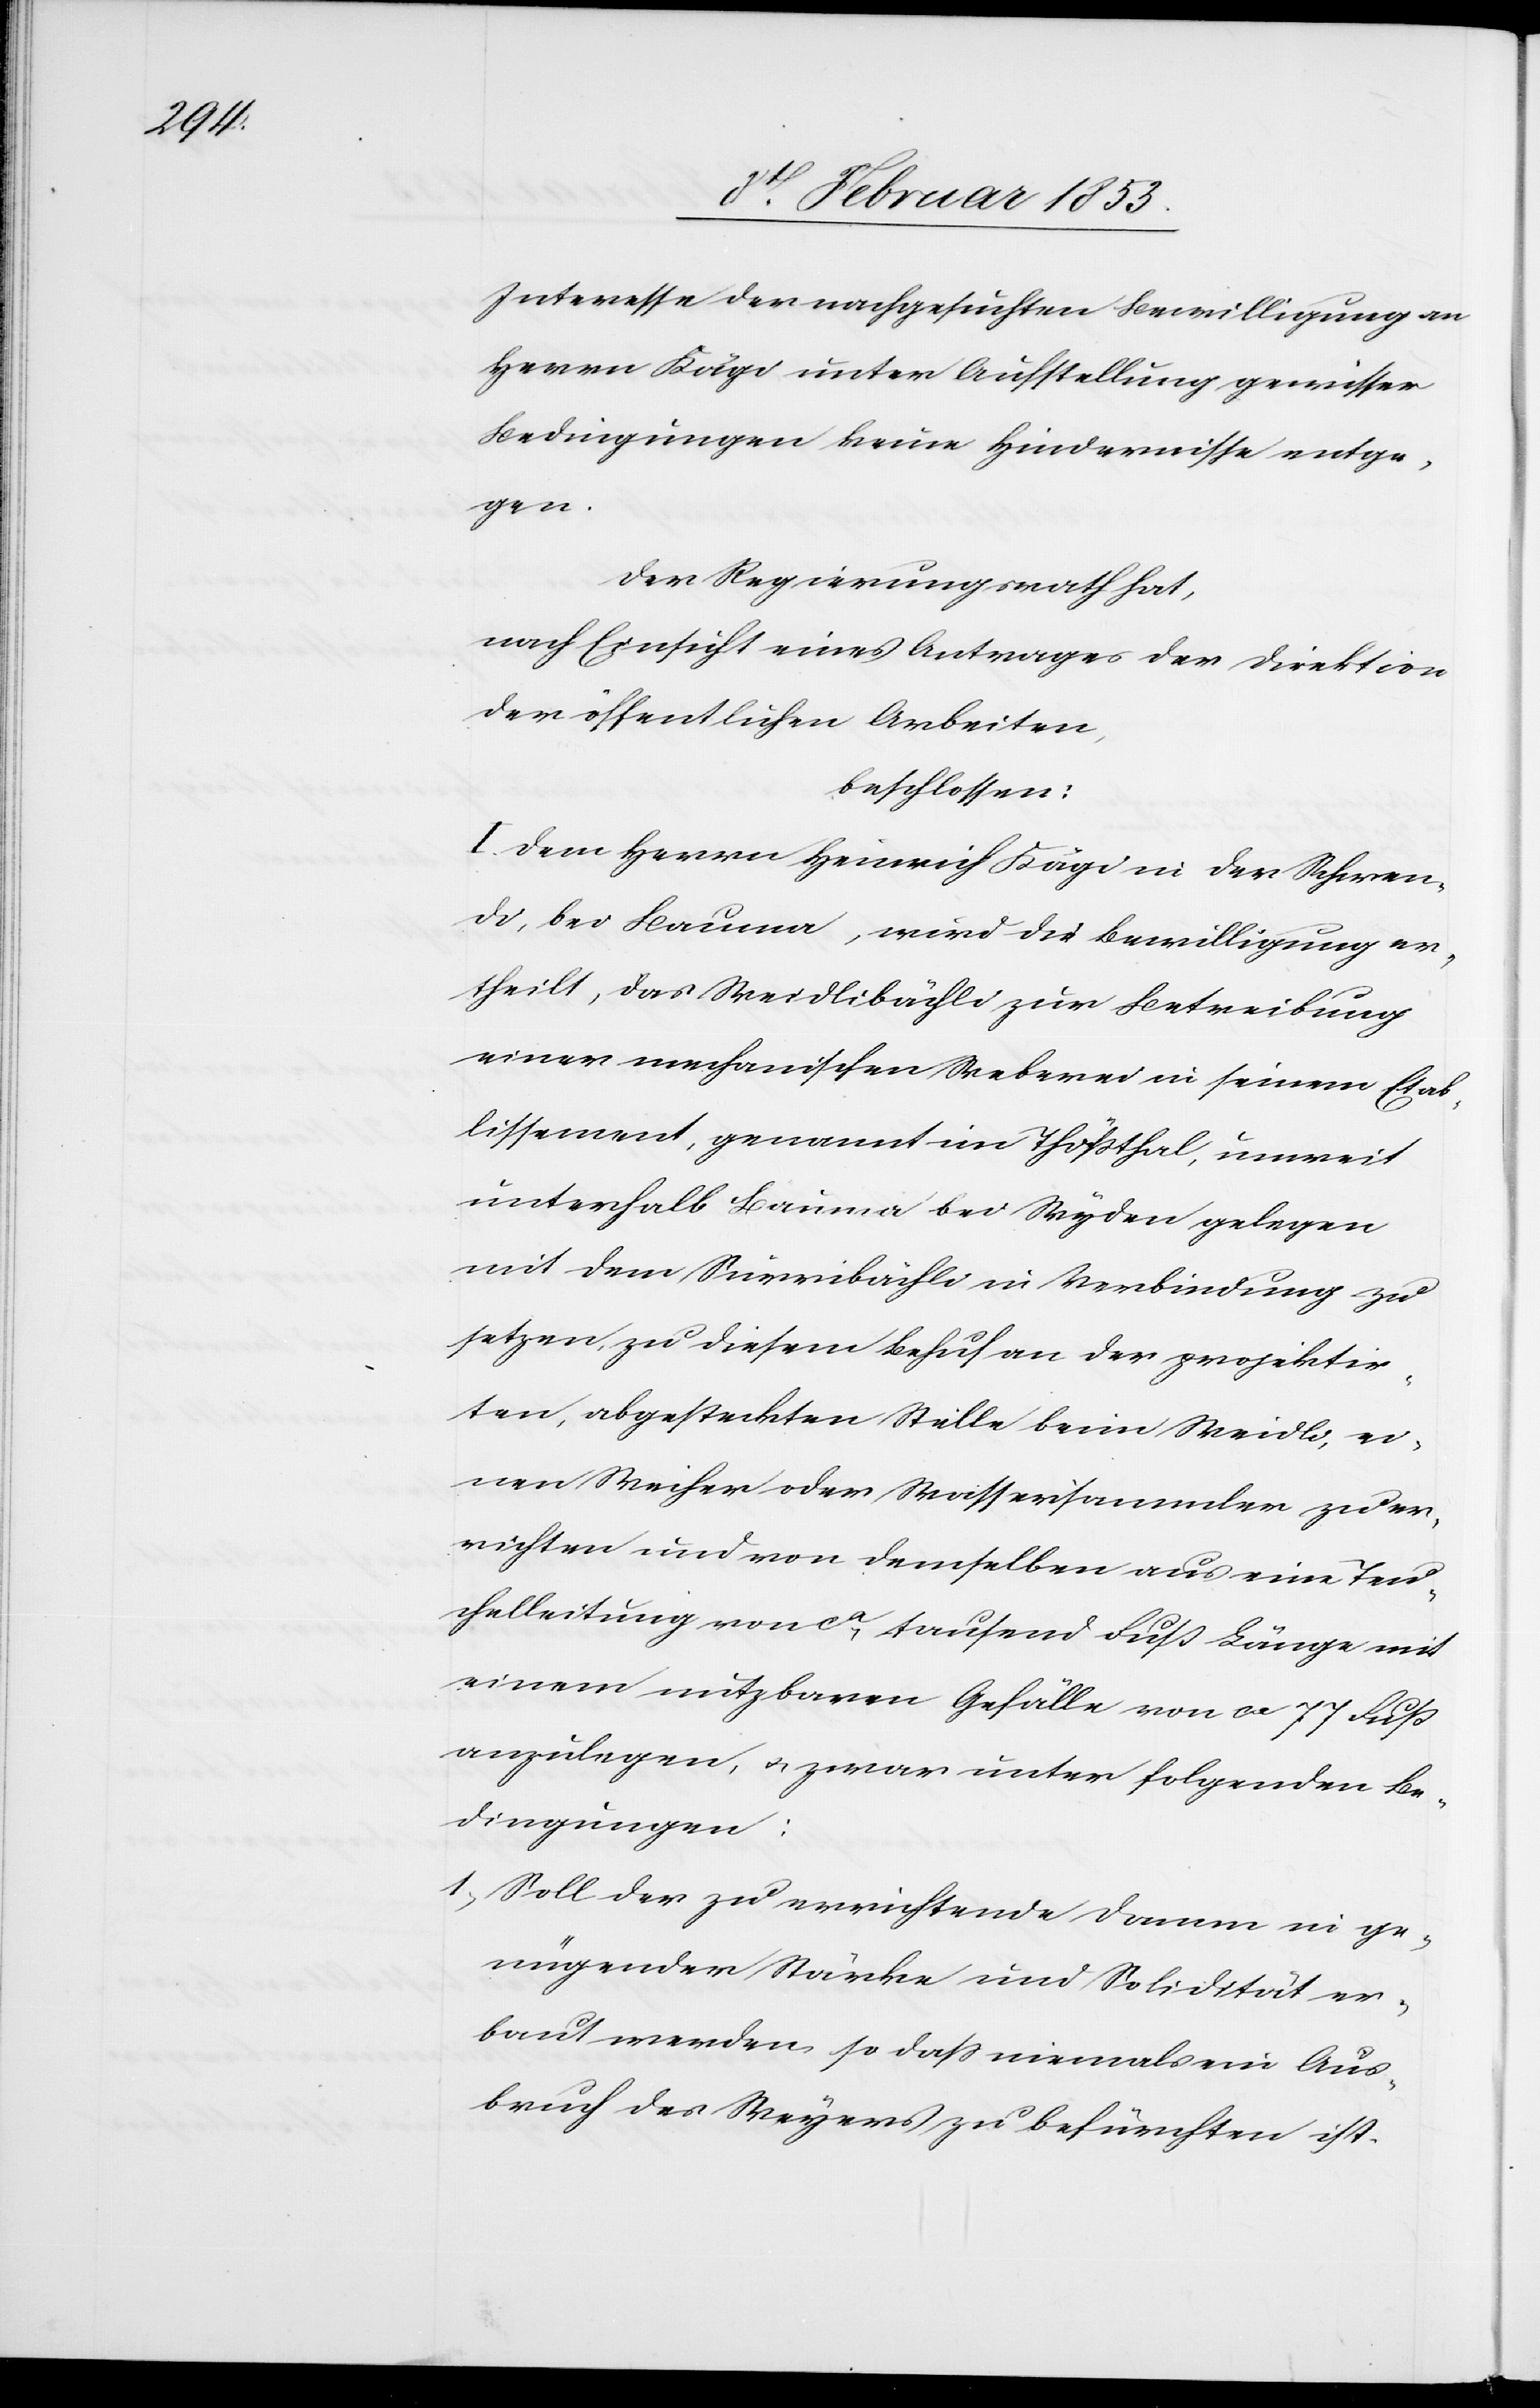
Interesse der nachgesuchten Bewilligung an
Herrn Kägi unter Aufstellung gewisser
Bedingungen keine Hindernisse entge¬
gen.
Der Regierungsrath hat,
nach Einsicht eines Antrages der Direktion
der öffentlichen Arbeiten,
beschlossen:
I. Dem Herrn Heinrich Kägi in der Schwen¬
di, bei Bauma, wird die Bewilligung er¬
theilt, das Weidlibächli zur Betreibung
einer mechanischen Weberei in seinem Etab¬
lissement, genannt im Thößthal, unweit
unterhalb Bauma bei Wyder gelegen
mit dem Surribächli in Verbindung zu
sezten, zu diesem Behuf an der projektir¬
eten, abgesteckten Stelle beim Weidli, ei¬
nen Weiher oder Wassersamler zu er¬
richten und von demselben aus eine Teu¬
chelleitung von ca. tausend Fuß Länge mit
einem nutzbaren Gefälle von ca. 77 Fuß
anzulegen, u. zwar unter folgenden Be¬
dingungen:
1, Soll der zu errichtende Damm in ge¬
nügender Stärke und Solidität er¬
baut werden so daß niemals ein Aus¬
bruch des Weyers zu befürchten ist.